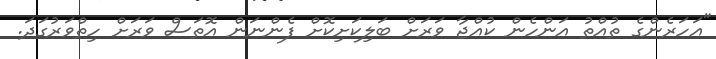
"އަހަރެންގެ ތުއްތު އަންހެން ކުއްޖާ ވަރަށް ބަލިކަށިކޮށް ފެންނަން އޮތަސް ވަރަށް ހިތްވަރުގަދަ.